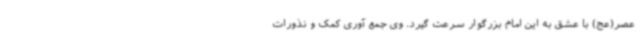
عصر(عج) با عشق به این امام بزرگوار سرعت گیرد. وی جمع آوری کمک و نذورات